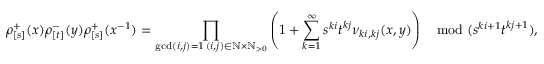
\rho _ { [ s ] } ^ { + } ( x ) \rho _ { [ t ] } ^ { - } ( y ) \rho _ { [ s ] } ^ { + } ( x ^ { - 1 } ) = \prod _ { \substack { \operatorname* { g c d } ( i , j ) = 1 \, ( i , j ) \in \mathbb { N } \times \mathbb { N } _ { > 0 } } } \left( 1 + \sum _ { k = 1 } ^ { \infty } s ^ { k i } t ^ { k j } \nu _ { k i , k j } ( x , y ) \right) \mod ( s ^ { k i + 1 } t ^ { k j + 1 } ) ,